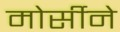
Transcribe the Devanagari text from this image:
मोर्सीने